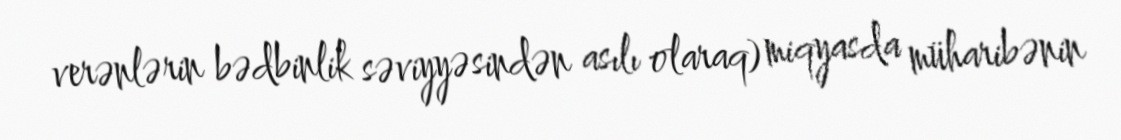
verənlərin bədbinlik səviyyəsindən asılı olaraq) miqyasda müharibənin